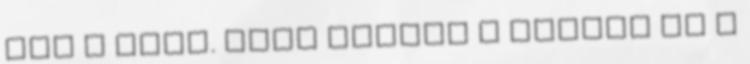
jön a baba. Néha kijött a doktor és a